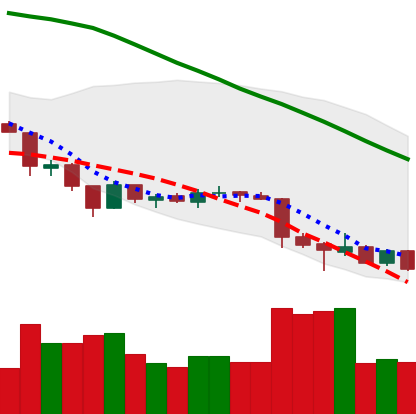
Ticker: LTC-USD
Chart end date: 2018-06-28
Forward return: 13.575%
Label: up_7plus